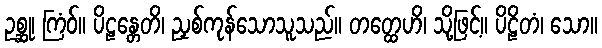
ဥစ္ဆု၊ ကြံဝ်။ ပိဠန္တေတိ၊ ညှစ်ကုန်သောသူသည်။ တတ္ထေဟိ၊ သို့ဖြင့်။ ပိဠိတံ၊ သော။